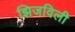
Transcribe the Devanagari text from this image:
झिजविली